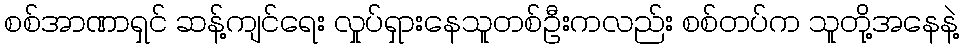
စစ်အာဏာရှင် ဆန့်ကျင်ရေး လှုပ်ရှားနေသူတစ်ဦးကလည်း စစ်တပ်က သူတို့အနေနဲ့